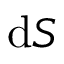
\mathrm { { d } } S